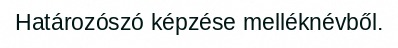
Határozószó képzése melléknévből.